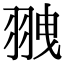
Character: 䎈